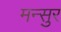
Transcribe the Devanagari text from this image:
मन्सुर